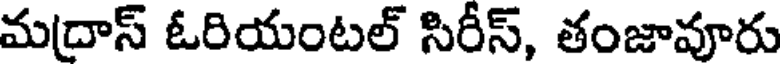
మద్రాస్ ఓరియంటల్ సిరీస్, తంజావూరు